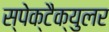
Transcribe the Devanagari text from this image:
स्पेक्टैक्युलर